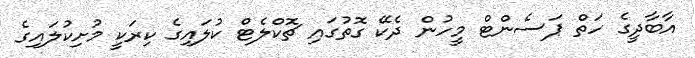
އާބާދީގެ ހަތް ޕަސެންޓް މީހުން ދެކޭ ގޮތުގައި ޗޮކްލެޓް ކުލައިގެ ކިރަކީ މުށިކުލައިގެ